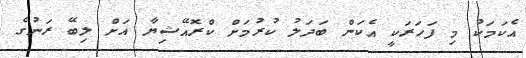
އެކަމަކު މި ފަހަރަކީ އެކަން ބަދަލު ކުރުމަށް ކްރޮއޭޝިޔާ އަށް ލިބޭ ރަނުގެ